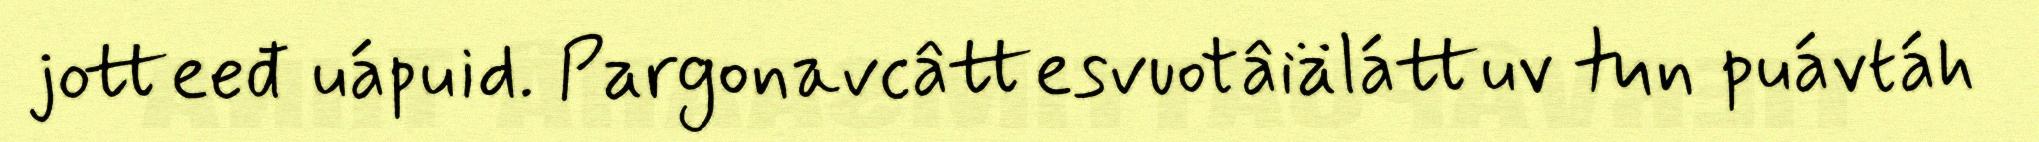
jotteeđ uápuid. Pargonavcâttesvuotâiäláttuv tun puávtáh